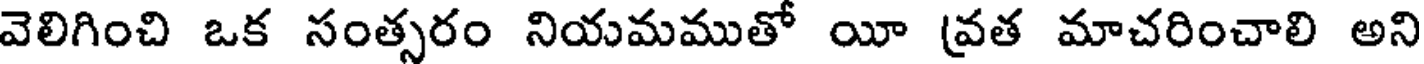
వెలిగించి ఒక సంత్సరం నియమముతో యీ (వత మాచరించాలి అని